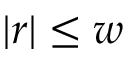
| r | \leq w